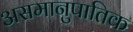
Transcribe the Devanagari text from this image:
असमानुपातिक